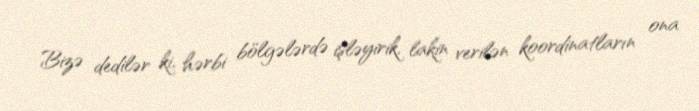
Bizə dedilər ki, hərbi bölgələrdə işləyirik, lakin verilən koordinatların ona